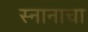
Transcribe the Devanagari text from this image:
स्नानाचा